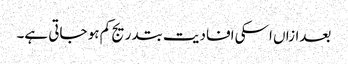
بعدازاں اسکی افادیت بتدریج کم ہو جاتی ہے۔